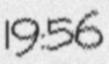
19:56